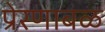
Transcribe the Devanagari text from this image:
प्रेरणाबळ